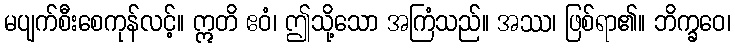
မပျက်စီးစေကုန်လင့်။ ဣတိ ဧဝံ၊ ဤသို့သော အကြံသည်။ အဿ၊ ဖြစ်ရာ၏။ ဘိက္ခဝေ၊